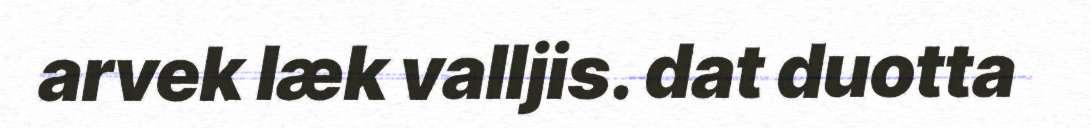
arvek læk valljis. dat duotta